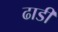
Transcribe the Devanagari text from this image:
ढाडी